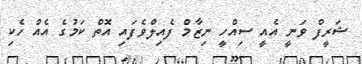
ޝަރީފް ވަނީ އެއީ ސިއްހީ ނިޒާމް ފެއިލްވެފައި އޮތް ކަމުގެ އެއް ހެކި